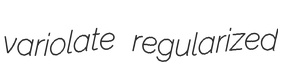
variolate regularized